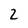
Character: 2